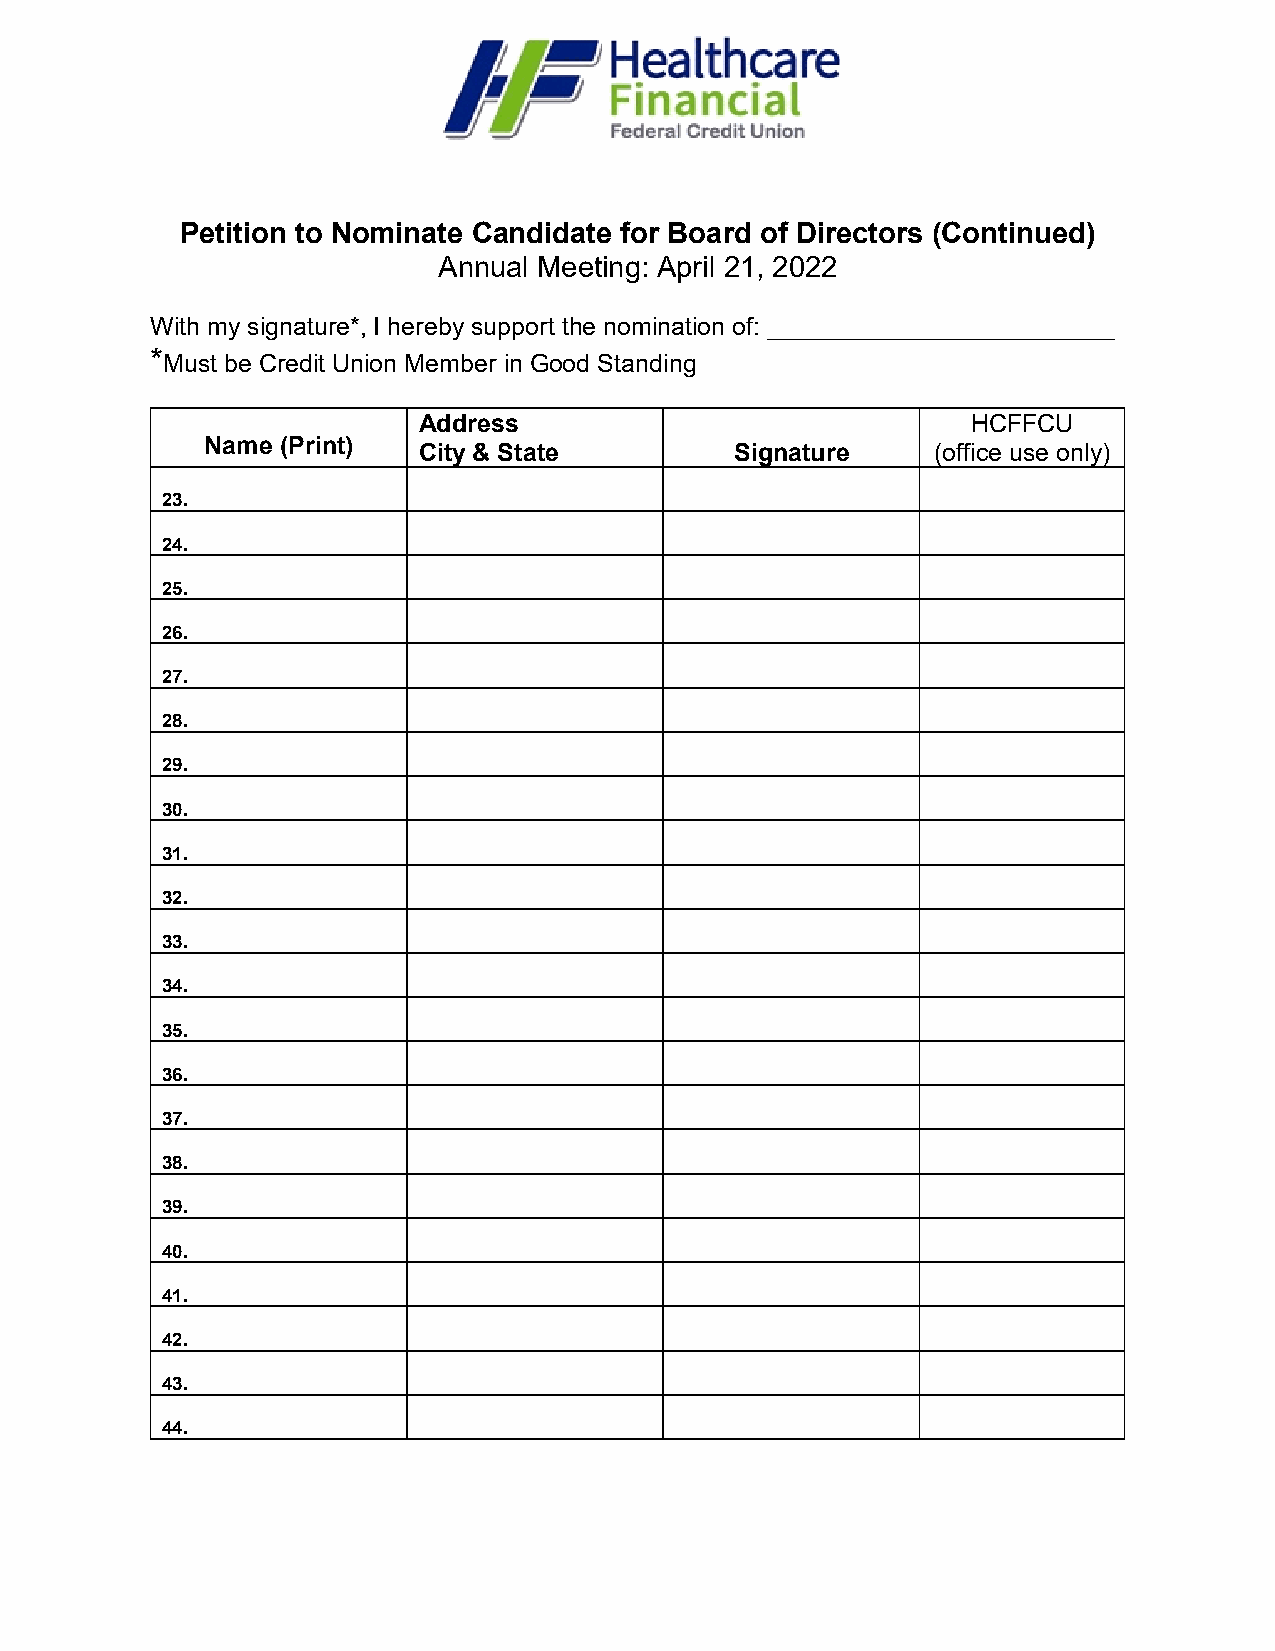
Petition to Nominate Candidate for Board of Directors (Continued)
 Annual Meeting: April 21, 2022
 With my signature*, I hereby support the nomination of: _________________________
 *Must be Credit Union Member in Good Standing
 Address                             HCFFCU
 Name (Print)  City & State         Signature    (office use only)
 23.
 24.
 25.
 26.
 27.
 28.
 29.
 30.
 31.
 32.
 33.
 34.
 35.
 36.
 37.
 38.
 39.
 40.
 41.
 42.
 43.
 44.